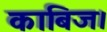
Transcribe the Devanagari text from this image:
काबिज।